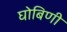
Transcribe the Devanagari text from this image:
घोबिणी